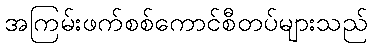
အကြမ်းဖက်စစ်ကောင်စီတပ်များသည်